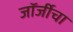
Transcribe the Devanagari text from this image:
जॉर्जीचा